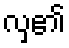
လှ၏